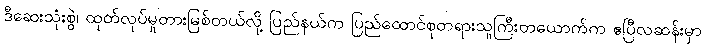
ဒီဆေးသုံးစွဲ၊ ထုတ်လုပ်မှုတားမြစ်တယ်လို့ ပြည်နယ်က ပြည်ထောင်စုတရားသူကြီးတယောက်က ဧပြီလဆန်းမှာ